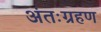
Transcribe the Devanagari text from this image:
अंतःग्रहण